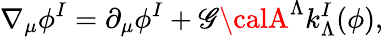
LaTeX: \nabla_{\mu}\phi^{I}=\partial_{\mu}\phi^{I}+\mathscr{G}{\calA}^{\Lambda}k_{\Lambda}^{I}(\phi),